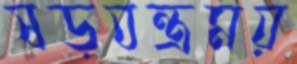
ষড়যন্ত্রময়